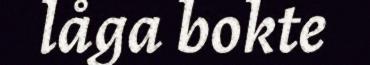
låga bokte